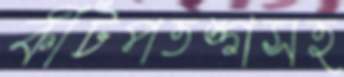
কীটপতঙ্গসহ